Leaving Certificate Examination, 1918
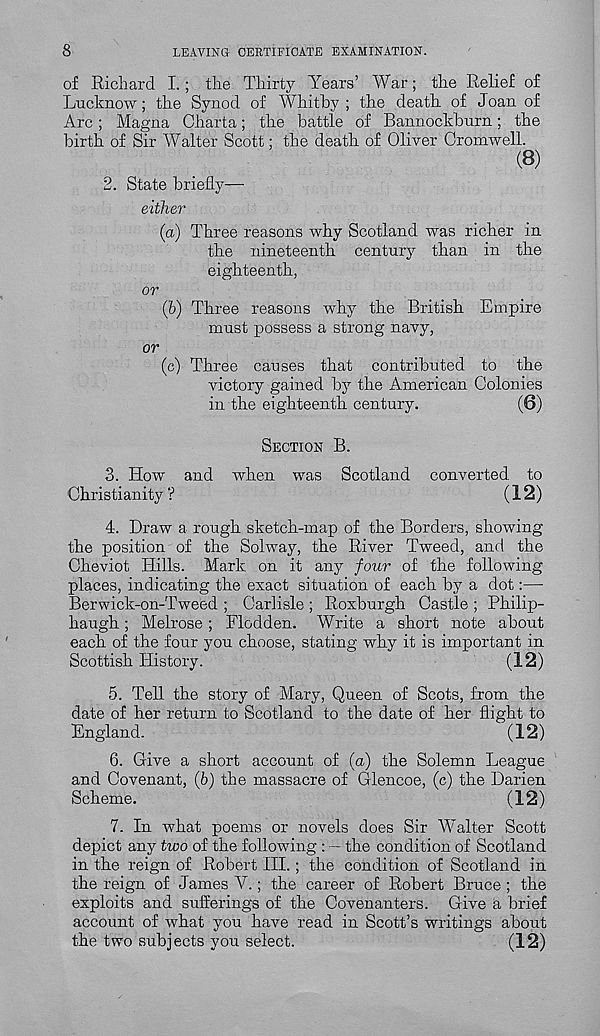
8
LEAVING CERTIFICATE EXAMINATION.
of Richard I. ; the Thirty Years’ War; the Relief of
Lucknow; the Synod of Whitby ; the death, of Joan of
Arc; Magna Charta; the battle of Bannockburn; the
birth of Sir Walter Scott; the death of Oliver Cromwell.
(8)
2.
State briefly—
either
(a) Three reasons why Scotland was richer in
the nineteenth century than in the
eighteenth,
or
(b) Three reasons why the British Empire
must possess a strong navy,
or
(c) Three causes that contributed to the
victory gained by the American Colonies
in the eighteenth century.
(6)
SECTION B.
3. How and when was Scotland converted, to
Christianity ?
(^ 2)
4. Draw a rough sketch-map of the Borders, showing
the position of the Solway, the River Tweed, and the
Cheviot Hills. Mark on it any four of the following
places, indicating the exact situation of each by a dot:—
Berwick-on-Tweed ; Carlisle ; Roxburgh Castle ; Philip-
haugh; Melrose; Flodden. Write a short note about
each of the four you choose, stating why it is important in
Scottish History.
(12)
5. Tell the story of Mary, Queen of Scots, from the
date of her return to Scotland to the date of her flight to
England.
(12)
6. Give a short account of (a) the Solemn League
and Covenant, (b) the massacre of Glencoe, (c) the Darien
Scheme.
(12)
7. In what poems or novels does Sir Walter Scott
depict any two of the following : — the condition of Scotland
in the reign of Robert III.; the condition of Scotland in
the reign of James V.; the career of Robert Bruce ; the
exploits and sufferings of the Covenanters. Give a brief
account of what you have read in Scott’s writings about
the two subjects you select.
(12)